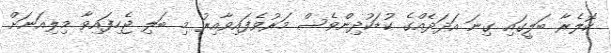
ކޮލެރާ ބަލީގައި ގިނަ އަދަދެއްގެ ކުޑަކުދިންވެސް މަރުވެފައިވާއިރު މި ބަލި ޖެހިފައިވާ މިލިއަނަށް